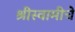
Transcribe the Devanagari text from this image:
श्रीस्वामीचे